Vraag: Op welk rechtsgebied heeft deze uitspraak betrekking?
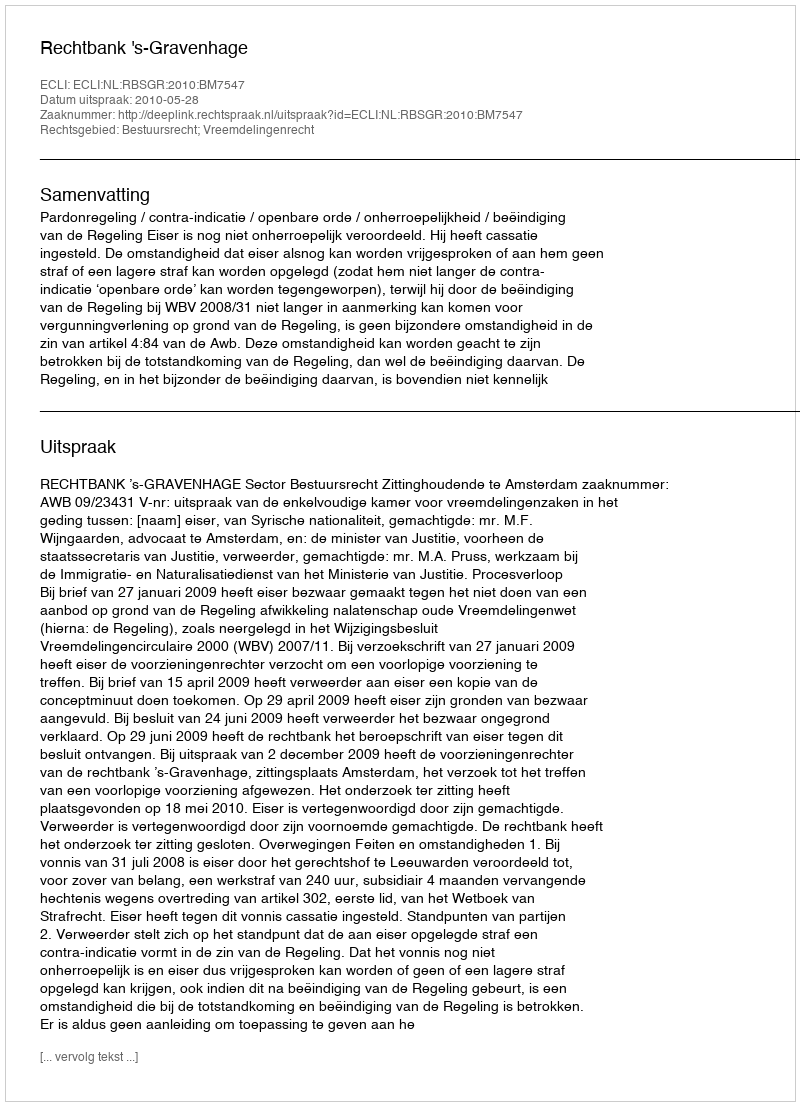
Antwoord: Bestuursrecht; Vreemdelingenrecht